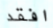
افقد